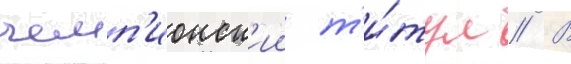
чемп'ионск'ии т'и́тул // В